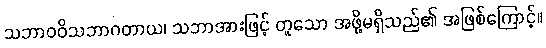
သဘာဝဝိသဘာဂတာယ၊ သဘာအားဖြင့် တူသော အဖို့မရှိသည်၏ အဖြစ်ကြောင့်။